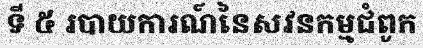
ទី ៥ របាយការណ៍នៃសវនកម្មជំពូក